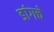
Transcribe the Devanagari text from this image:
डांगचे